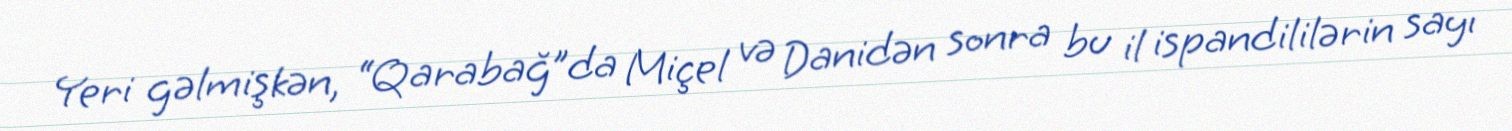
Yeri gəlmişkən, “Qarabağ”da Miçel və Danidən sonra bu il ispandililərin sayı